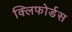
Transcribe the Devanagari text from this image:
क्लिफोर्डस